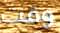
وقت